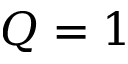
Q = 1